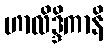
ဟာလိဒ္ဒိကာနိ